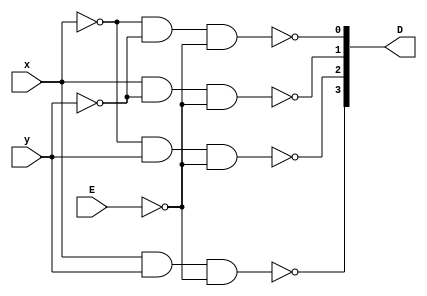
/********************************************************************************
*	Description : 2-1 decoder gatelevel
********************************************************************************/

module decoder24_gatelevel(D, x, y, E);

	output [3:0] D;
	input x, y, E;
	
	wire nx, ny, nE;
	
	not no0(nx, x);
	not no1(ny, y);
	not no2(nE, E);
	
	nand n0(D[0], nx, ny, nE);
	nand n1(D[1], x, ny, nE);
	nand n2(D[2], nx, y, nE);
	nand n3(D[3], x, y, nE);
	
endmodule